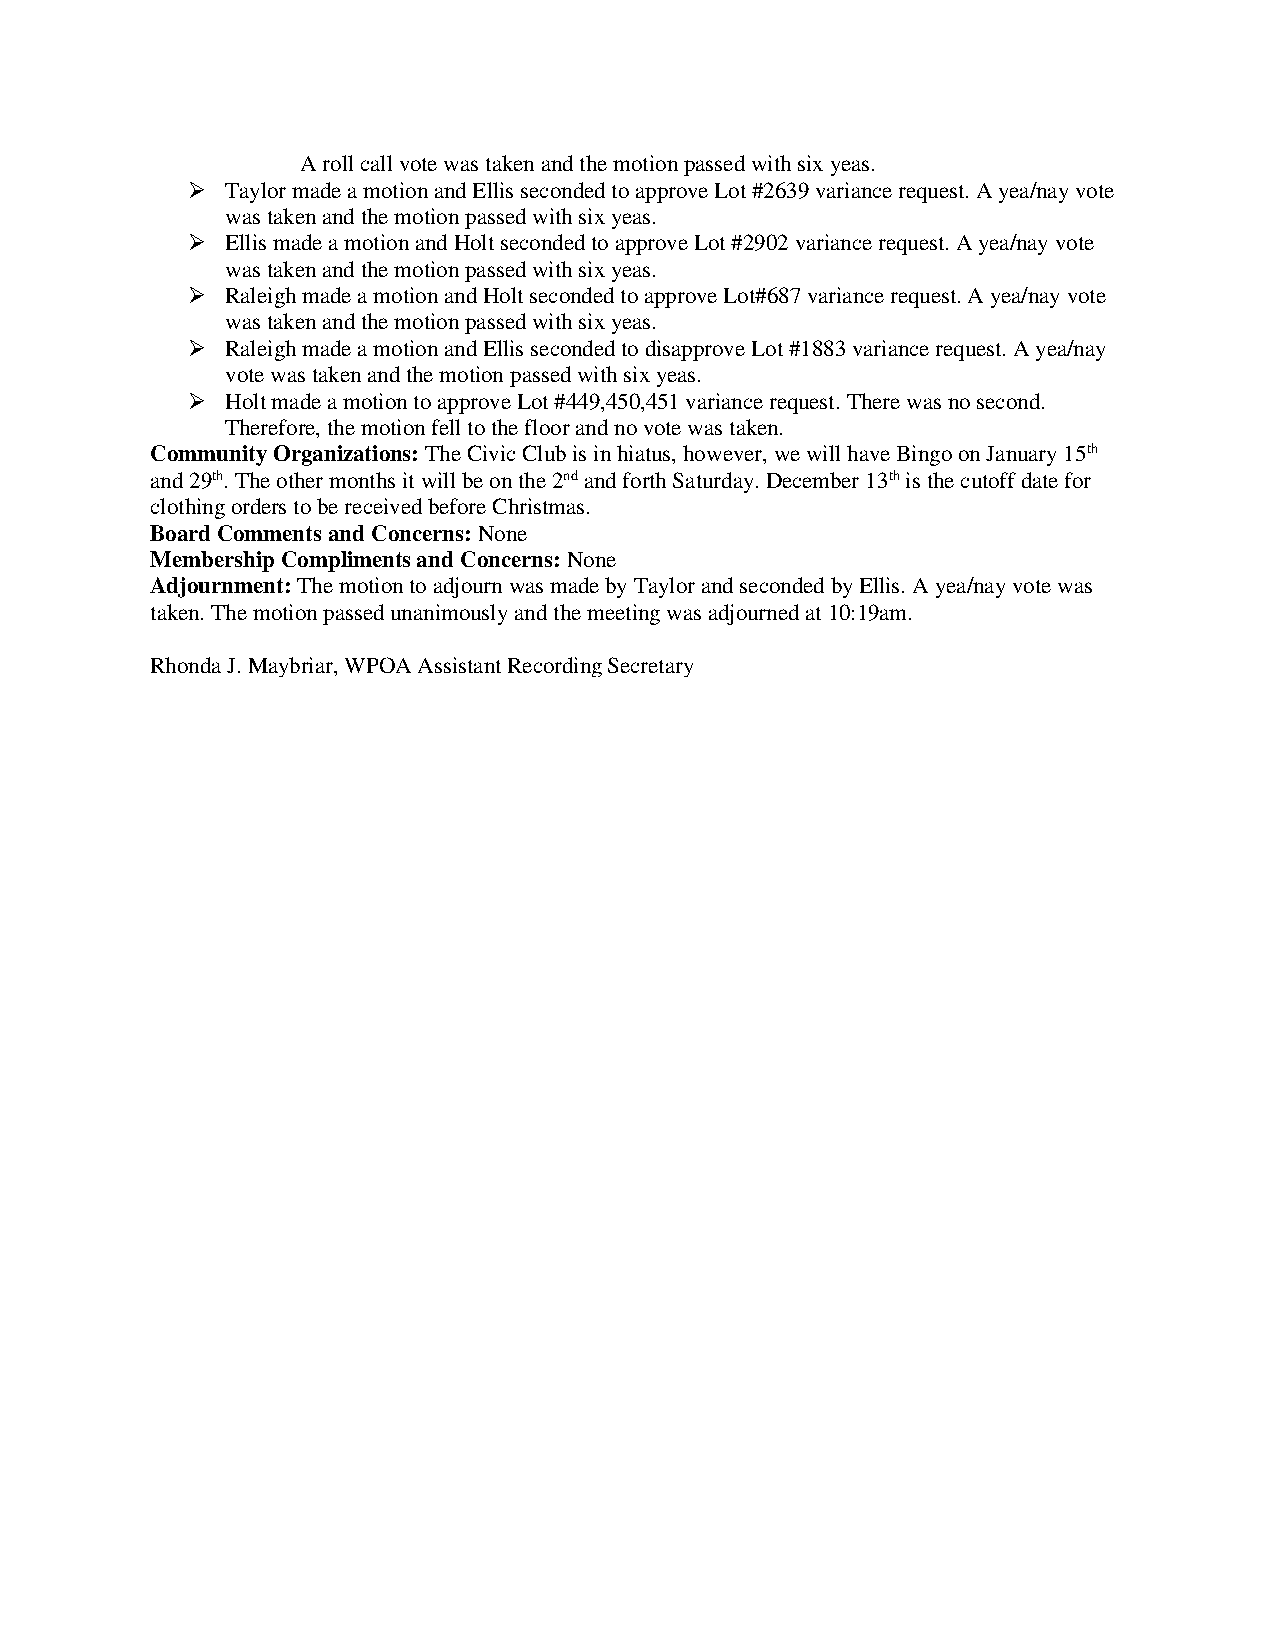
A roll call vote was taken and the motion passed with six yeas.
 ➢  Taylor made a motion and Ellis seconded to approve Lot #2639 variance request. A yea/nay vote
 was taken and the motion passed with six yeas.
 ➢  Ellis made a motion and Holt seconded to approve Lot #2902 variance request. A yea/nay vote
 was taken and the motion passed with six yeas.
 ➢  Raleigh made a motion and Holt seconded to approve Lot#687 variance request. A yea/nay vote
 was taken and the motion passed with six yeas.
 ➢  Raleigh made a motion and Ellis seconded to disapprove Lot #1883 variance request. A yea/nay
 vote was taken and the motion passed with six yeas.
 ➢  Holt made a motion to approve Lot #449,450,451 variance request. There was no second.
 Therefore, the motion fell to the floor and no vote was taken.
 Community Organizations: The Civic Club is in hiatus, however, we will have Bingo on January 15th
 and 29th. The other months it will be on the 2nd and forth Saturday. December 13th is the cutoff date for
 clothing orders to be received before Christmas.
 Board Comments and Concerns: None
 Membership Compliments and Concerns: None
 Adjournment: The motion to adjourn was made by Taylor and seconded by Ellis. A yea/nay vote was
 taken. The motion passed unanimously and the meeting was adjourned at 10:19am.
 Rhonda J. Maybriar, WPOA Assistant Recording Secretary